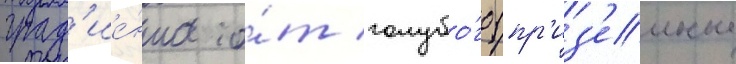
град'ие́нта о́т голубо́го (пр'из'емные